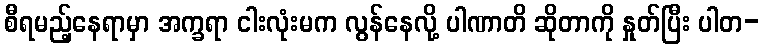
စီရမည့်နေရာမှာ အက္ခရာ ငါးလုံးမက လွန်နေလို့ ပါဏာတိ ဆိုတာကို နှုတ်ပြီး ပါတ-